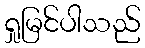
ရှုမြင်ပါသည်